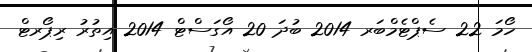
ހޯމަ 22 ސެޕްޓެމްބަރ 2014 ބުދަ 20 އޯގަސްޓް 2014 އިތުރު ރިޕޯރޓް